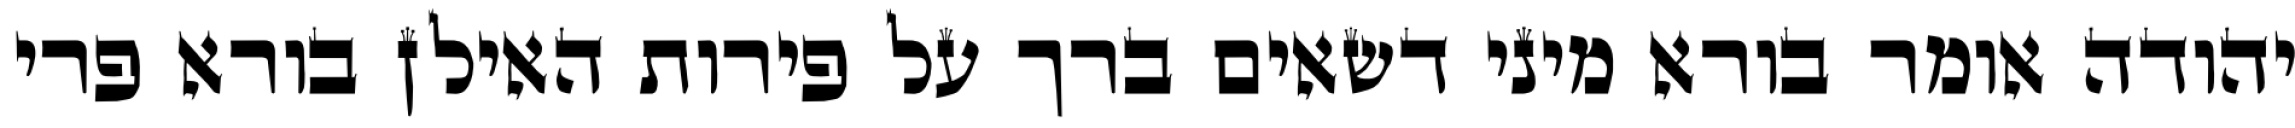
יהודה אומר בורא מיני דשאים ברך על פירות האילן בורא פרי